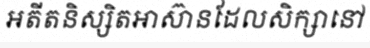
អតីតនិស្សិតអាស៊ានដែលសិក្សានៅ